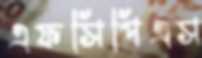
এফসিপিএস